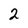
Character: 2